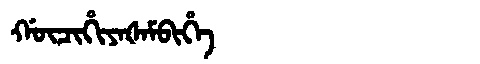
Manchu: ᡤᡡᠴᡳᡥᡳᠶᠠᡧᠠᠮᠪᡳᡥᡝ
Romanization: GŪCIHIYAŠAMBIHE